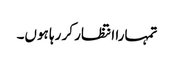
تمہارا انتظار کر رہا ہوں۔